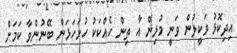
އިދިކޮޅު ވަކީލުން ވަނީ މުޅިން އާ ތިން ހެއްކަކު ހުށަހަޅަން ބޭނުންވާ ކަމަށް